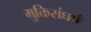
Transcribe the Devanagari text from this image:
मुक्तिसंघर्ष